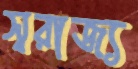
স্বরাজ্য